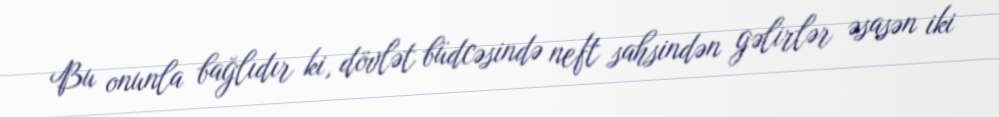
Bu onunla bağlıdır ki, dövlət büdcəsində neft sahsindən gəlirlər əsasən iki